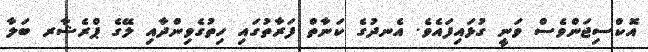
އޮކްސިޖަންވެސް ވަނީ ގުޅައިފައެވެ. އެނދުގެ ކަނާތް ފަރާތުގައި ހިތުގެވިންދާއި ލޭގެ ޕްރެޝާރ ބަލާ